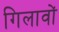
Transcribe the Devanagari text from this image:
गिलावों